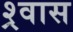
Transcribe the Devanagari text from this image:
श्र्वास